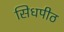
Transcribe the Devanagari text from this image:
सिधपीठ